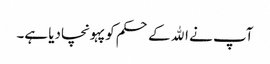
آپ نے الله کے حکم کو پہونچادیا ہے۔